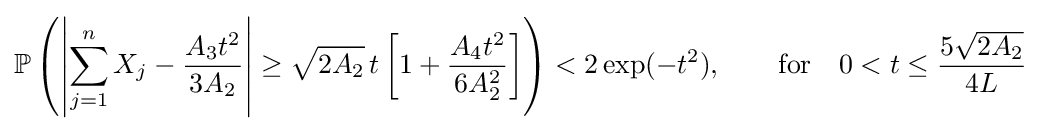
\mathbb {P} \left(\left|\sum _{j=1}^{n}X_{j}-{\frac {A_{3}t^{2}}{3A_{2}}}\right|\geq {\sqrt {2A_{2}}}\,t\left[1+{\frac {A_{4}t^{2}}{6A_{2}^{2}}}\right]\right)<2\exp(-t^{2}),\qquad {\text{for}}\quad 0<t\leq {\frac {5{\sqrt {2A_{2}}}}{4L}}